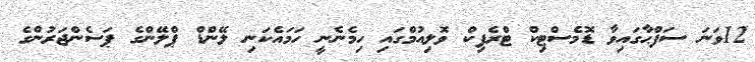
12ވަނަ ސަފްޙާގައިވާ ޑޮމެސްޓިކް ޓްރެފިކް ވޮލިއުމްގައި ހިމެނެނީ ހަމައެކަނި ލޭންޑް ޕްލޭންގެ ޕަސެންޖަރުންގެ